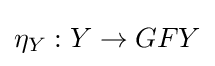
\eta _{Y}:Y\to GFY